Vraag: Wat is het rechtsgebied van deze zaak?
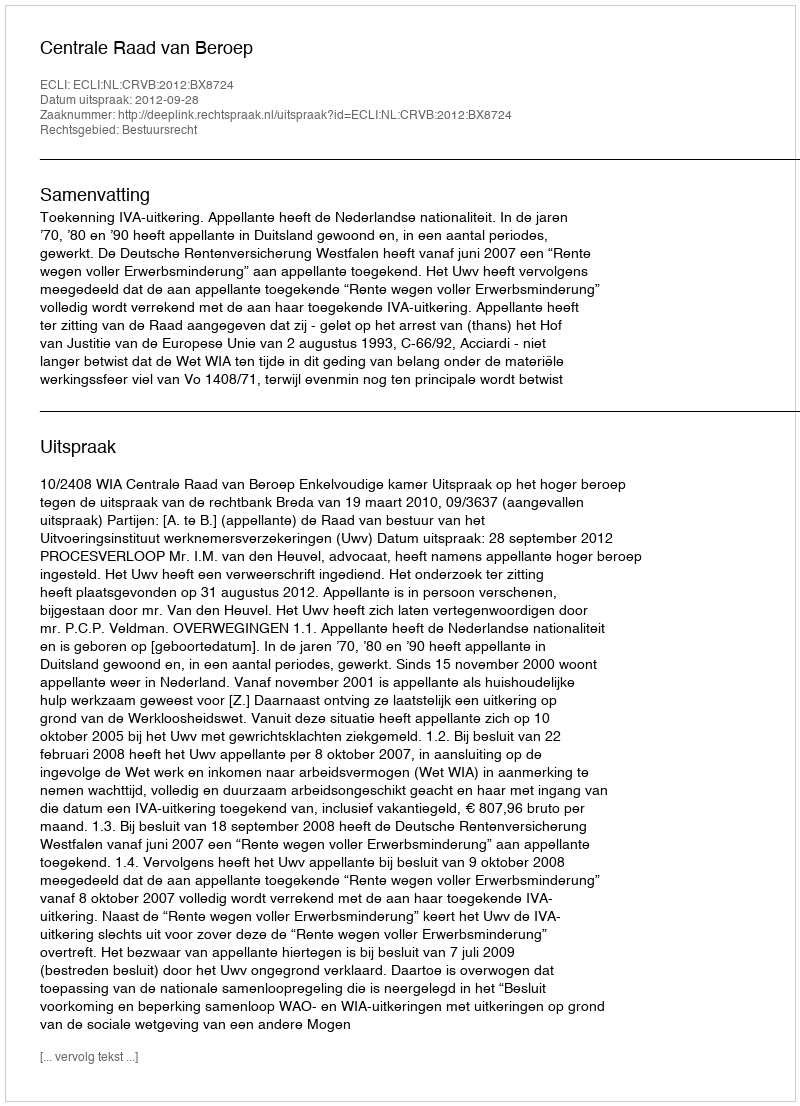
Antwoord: Bestuursrecht